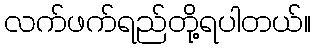
လက်ဖက်ရည်တို့ရပါတယ်။